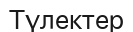
Түлектер